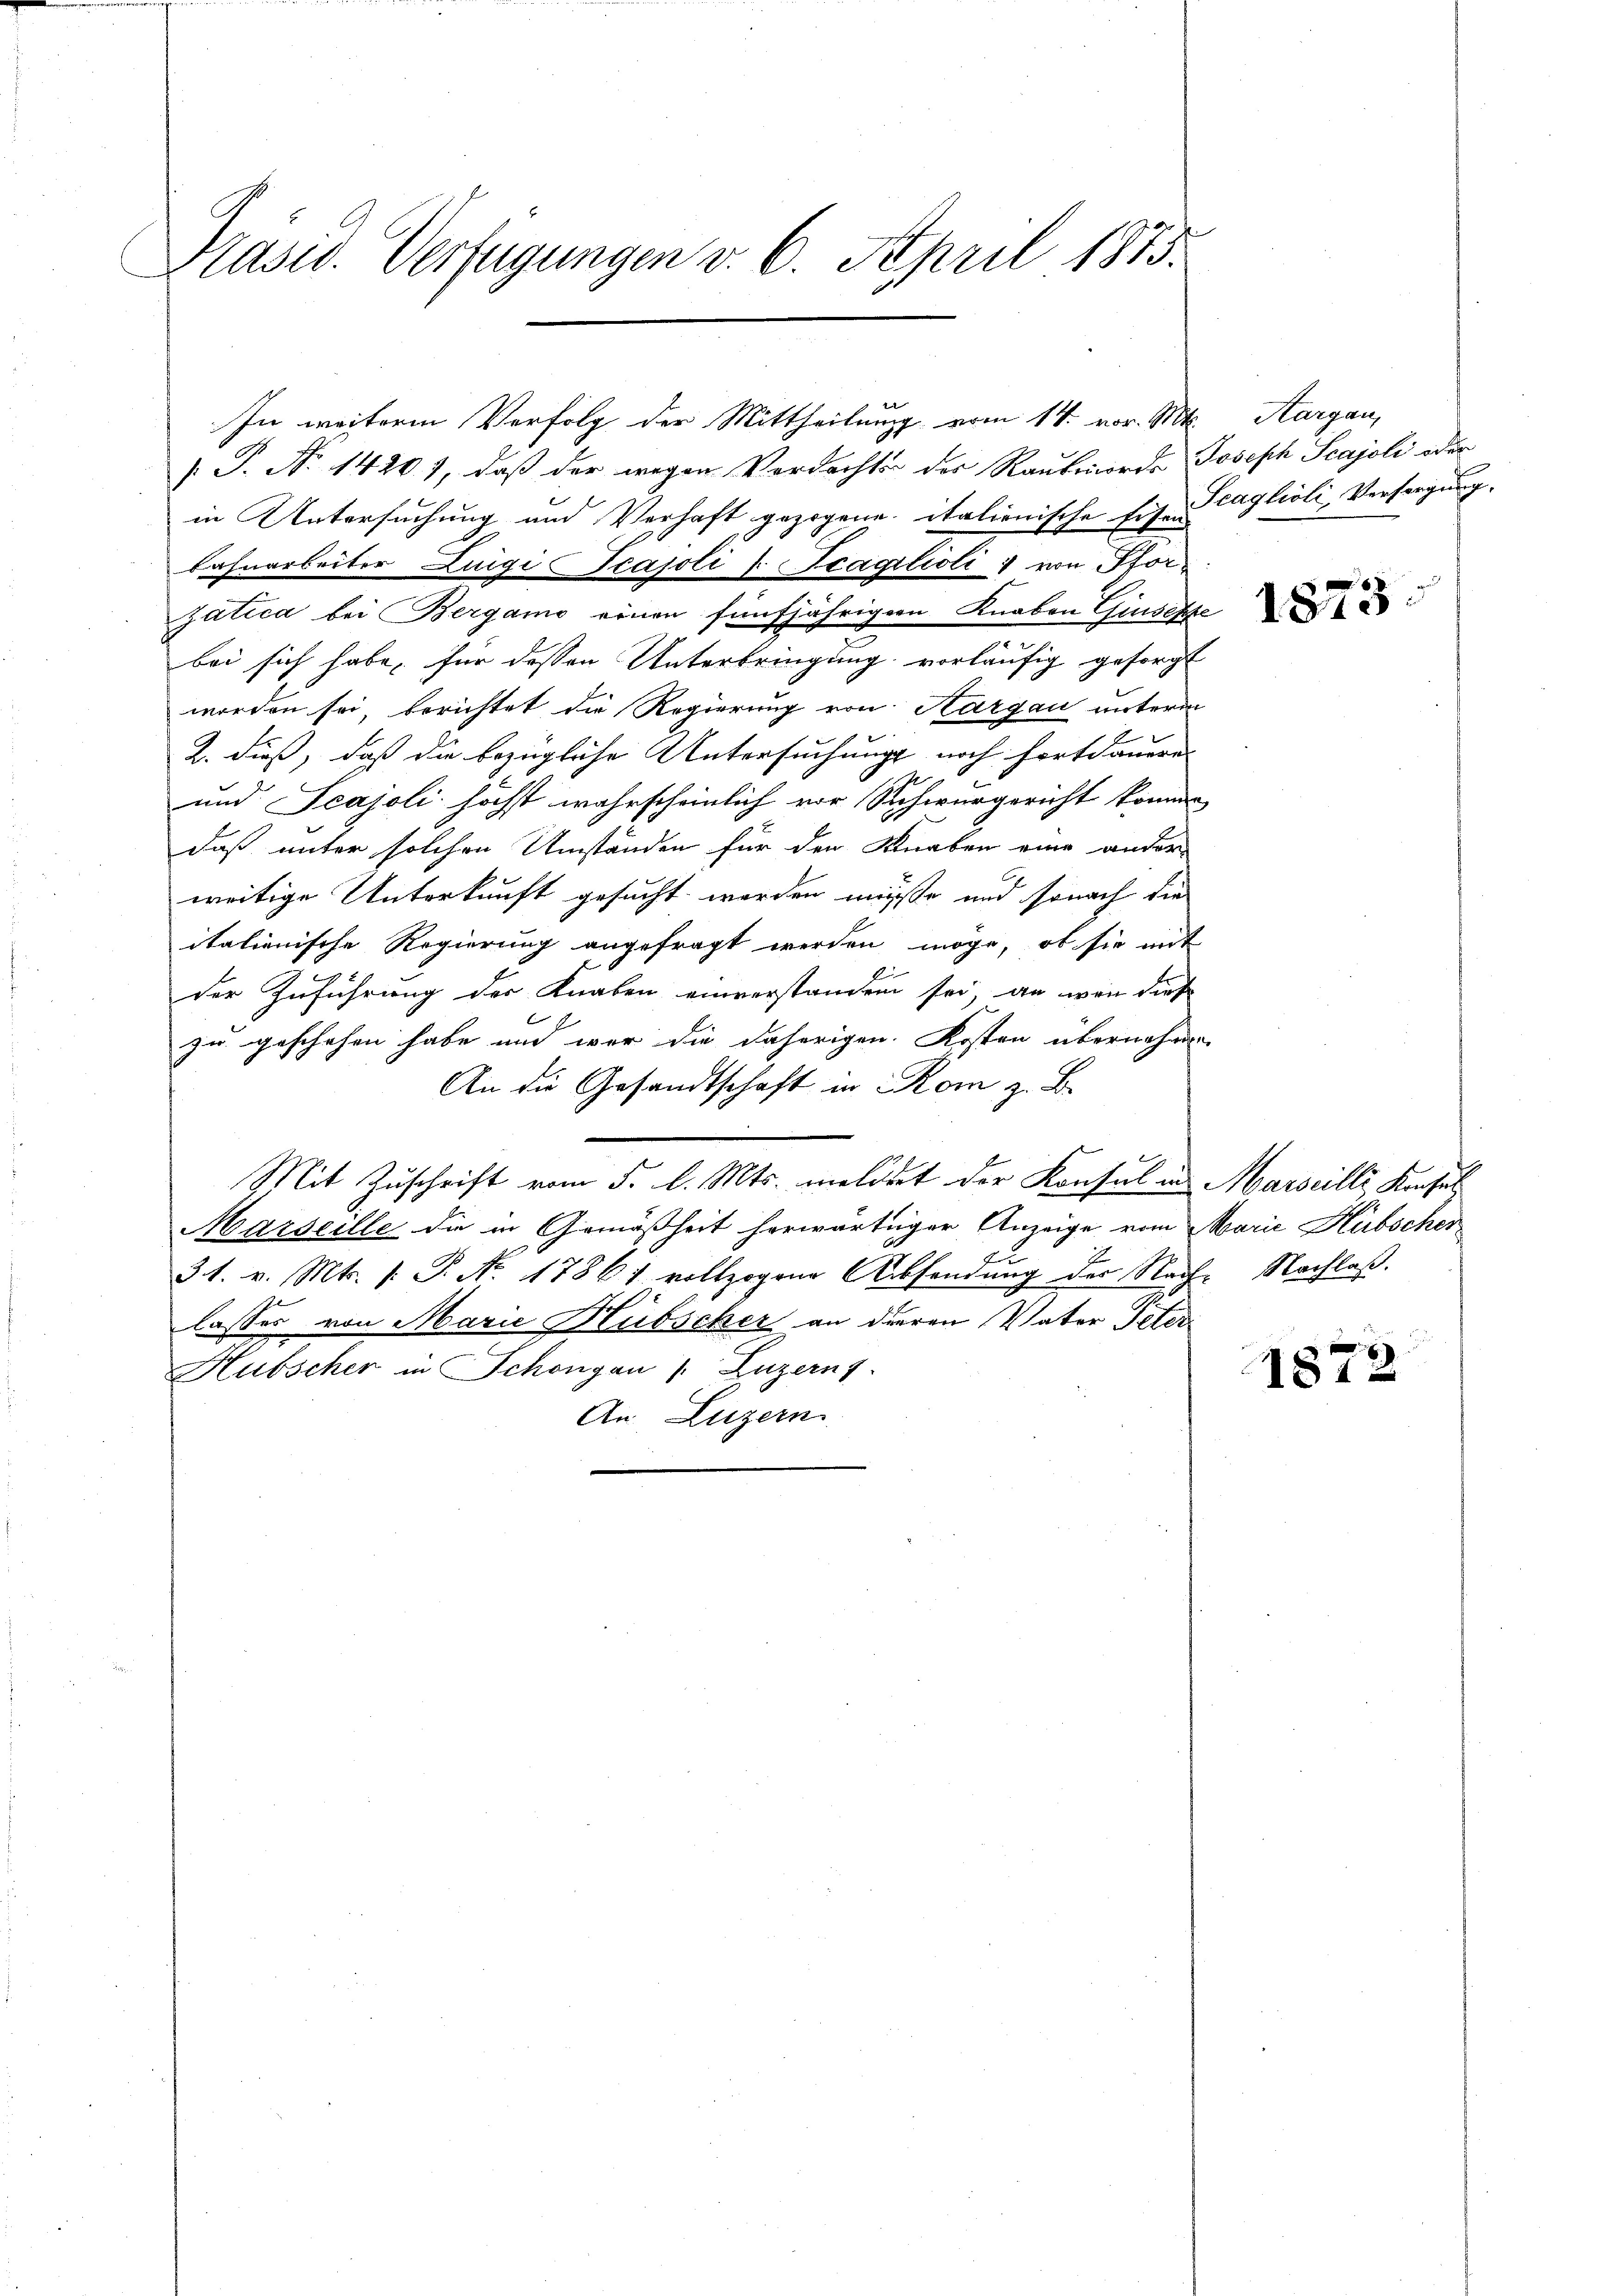
Präsid. Verfügungen v. 6. April 1873.

In weiteren Verfolg der Mittheilung vom 14. vor. Mts. Aargau,
[P. No 14201, daß der wegen Verdachte des Raubmorde Joseph Scajoli oder
in Untersuchung und Verhaft gezogene italienische Eisen Taglioli, Versorgung.
Lahnarbeiter Luigi Tcajoli l. Scagitioli von Pforzatica bei Bergamo einen fünfjährigern Knaben Giusesche
bei sich habe, für dessen Unterbringung vorläufig gesorgt
worden sei, berichtet die Regierung von Aargau unterm
2. dieß, daß die bezügliche Untersuchungs noch fortdauern
und Scajoli höchst wahrscheinlich vor Schwurgericht können
daß unter solchen Umständen für den Knaben eine ander
weitige Unterkunft gesucht werden müße und sonach die
italienische Regierung angefragt werden möge, ob sie mit
der Zuführung der Knaben einverstanden sei, an wenn diese
zu geschehen habe und war die daherigen. Kosten übernehmen,
An die Gesandtschaft in Rom z. B.
Mit Zuschrift vom 5. l. Mts. meldet der Konsul in Marseilli, Konsul
Marseille die in Gemäßheit herwärtiger Anzeige vom Marie Hübscher
Fr
P
31. v. Mts. s. S. No. 17861 vollzogene Absendung der Nach- Nachlaß.
lasser von Marie Hübscher an dieren Vater Peter
Hubscher in Schöngau 1. Luzerns
An Luzern

1873:

1872